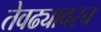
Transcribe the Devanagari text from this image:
तेवढ्यावरच